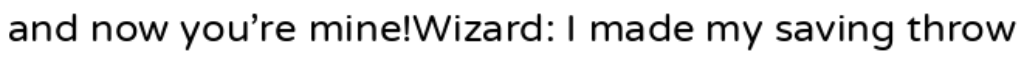
and now you're mine!Wizard: I made my saving throw